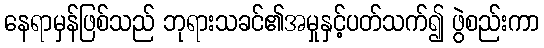
နေရာမှန်ဖြစ်သည် ဘုရားသခင်၏အမှုနှင့်ပတ်သက်၍ ဖွဲစည်းကာ